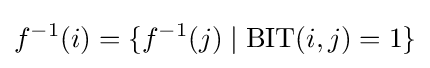
\displaystyle f^{-1}(i)=\{f^{-1}(j)\mid {\text{BIT}}(i,j)=1\}